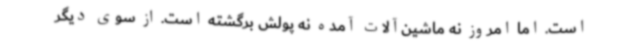
است. اما امروز نه ماشین‌آلات آمده نه پولش برگشته است. از سوی دیگر